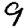
Digit: 9